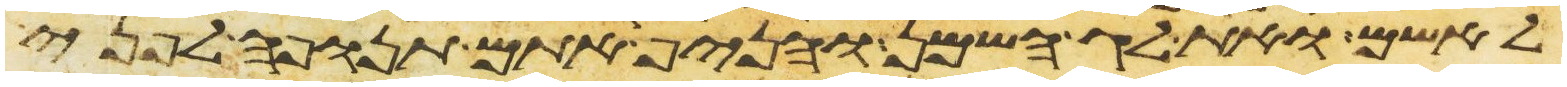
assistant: לאשם ואת לג השמן והניף אתם תנופה לפני